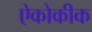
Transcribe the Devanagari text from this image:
ऐकोकीक